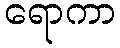
ရောကာ